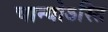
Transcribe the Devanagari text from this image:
चान्योऽस्ति